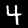
Digit: 4